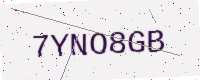
Text: 7YNO8GB